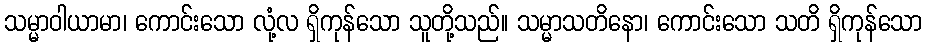
သမ္မာဝါယာမာ၊ ကောင်းသော လုံ့လ ရှိကုန်သော သူတို့သည်။ သမ္မာသတိနော၊ ကောင်းသော သတိ ရှိကုန်သော